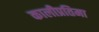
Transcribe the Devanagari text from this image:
कालीप्रतिमा